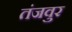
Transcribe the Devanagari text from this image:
तंजवुर